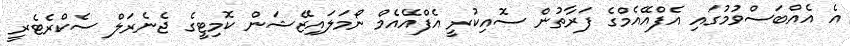
އެ އެއްބަސްވުމުގައި އެފްއޭއެމްގެ ފަރާތުން ސޮއިކުރީ އެފްއޭއެމް ނޯމަލައިޒޭޝަން ކޮމިޓީގެ ޖެނެރަލް ސެކްރެޓެރީ